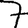
Digit: 7